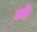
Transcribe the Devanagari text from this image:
क्के